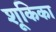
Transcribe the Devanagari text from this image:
शूकिका